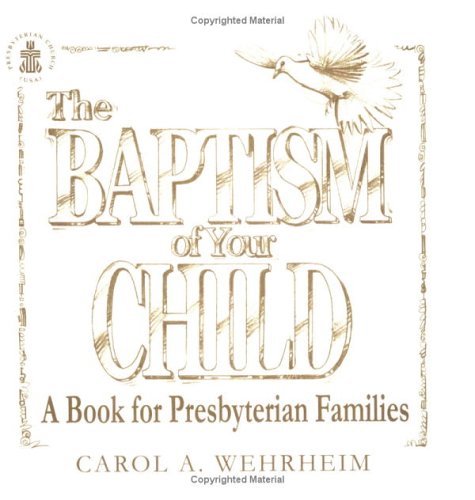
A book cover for The Baptism of Your Child: A Book for Presbyterian Families; Carol A. Wehrheim; Christian Books & Bibles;